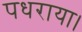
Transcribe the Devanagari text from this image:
पधराया।